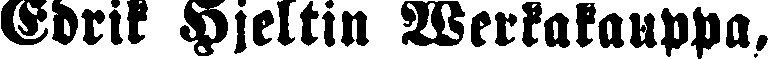
Edrik Hjeltin Werkakauppa.